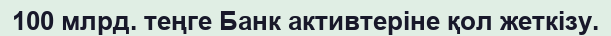
100 млрд. теңге Банк активтеріне қол жеткізу.